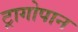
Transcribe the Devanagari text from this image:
ट्रागोपान